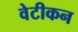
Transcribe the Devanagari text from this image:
वेटीकन